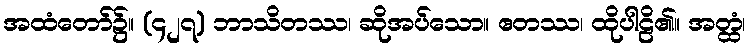
အထံတော်၌။ (၄၂၇) ဘာသိတဿ၊ ဆိုအပ်သော။ ဧတဿ၊ ထိုပါဠိ၏။ အတ္ထံ၊